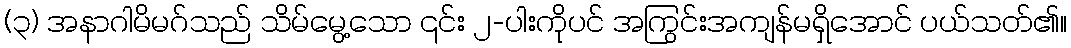
(၃) အနာဂါမိမဂ်သည် သိမ်မွေ့သော ၎င်း ၂-ပါးကိုပင် အကြွင်းအကျန်မရှိအောင် ပယ်သတ်၏။